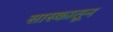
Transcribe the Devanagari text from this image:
सास्कातून